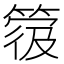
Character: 𥯼